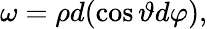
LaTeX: \omega=\rho d(\cos\vartheta d\varphi),